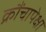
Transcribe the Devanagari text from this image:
क्रौंचापेक्षा